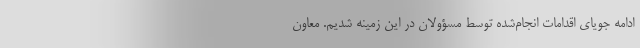
ادامه جویای اقدامات انجام‌شده توسط مسؤولان در این زمینه شدیم. معاون